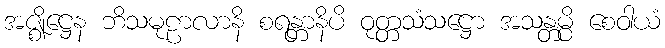
အဇ္ဈိဋ္ဌေန ဘိသမုဠာလာနိ စရန္တာနိပိ ဝုတ္တသံသဋ္ဌော အသန္တမ္ပိ စေဝါယံ